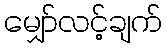
မျှော်လင့်ချက်